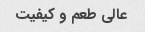
عالی طعم و کیفیت